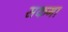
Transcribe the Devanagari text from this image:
सकगा